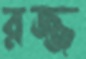
রজ্জ